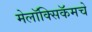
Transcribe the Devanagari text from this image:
मेलॉक्सिकॅमचे